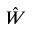
\hat { W }